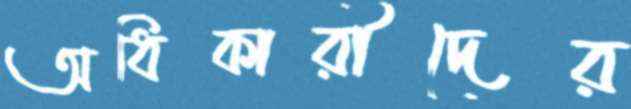
অধিকারীদের